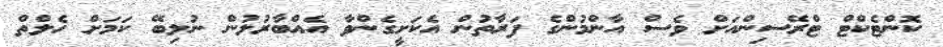
ކޮންޓެކްޓް ޓްރޭސިންއަށް ވެސް އާންމުންގެ ފަރާތުން އެކަށީގެންވާ އެއްބާރުލުން ނުލިބޭ ކަމަށް ހެލްތް